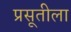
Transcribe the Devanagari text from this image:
प्रसूतीला